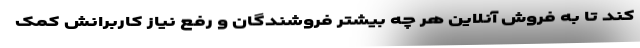
کند تا به فروش آنلاین هر چه بیشتر فروشندگان و رفع نیاز کاربرانش کمک